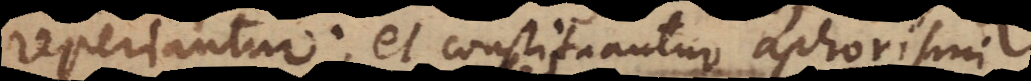
reperiantur; et constituantur aphorismi